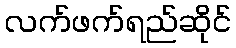
လက်ဖက်ရည်ဆိုင်